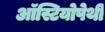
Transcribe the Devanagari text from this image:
ऑस्टियोपेथी